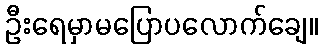
ဦးရေမှာမပြောပလောက်ချေ။